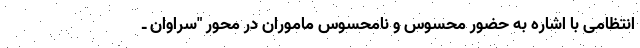
انتظامی با اشاره به حضور محسوس و نامحسوس ماموران در محور "سراوان ـ